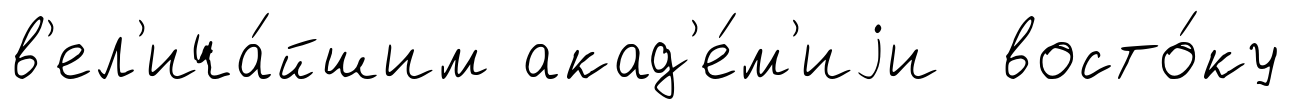
в'ел'ича́йшим акад'е́м'иjи восто́ку